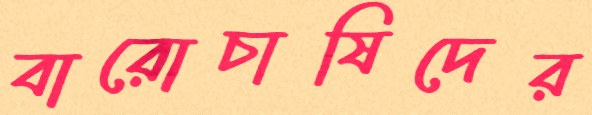
বারোচাষিদের